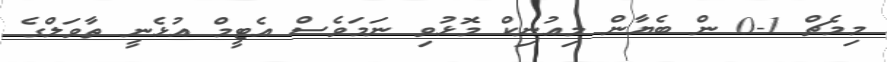
މިމެޗް 1-0 ން ބެޔާން މިއުނިކް މޮޅުވި ނަމަވެސް އެޓީމް އުޅެނީ ތާވަލްގެ